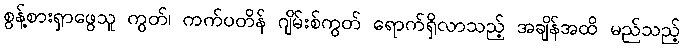
စွန့်စားရှာဖွေသူ ကွတ်၊ ကက်ပတိန် ဂျိမ်းစ်ကွတ် ရောက်ရှိလာသည့် အချိန်အထိ မည်သည့်